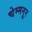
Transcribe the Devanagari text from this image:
चेम्मनूर